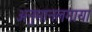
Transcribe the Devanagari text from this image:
अनुमानलगाया